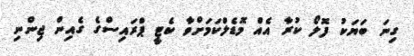
ގިނަ ބަޔަކު ފޮލޯ ކުރާ އެއް މޮޑެލްކަމަށްވާ ކެޓީ ޕްރައިސްގެ ގެއިން ޖިންނި